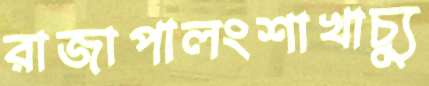
রাজাপালংশাখাচ্যু